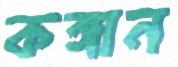
কঙ্গান